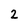
Character: 2